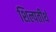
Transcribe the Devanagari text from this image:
शिल्पतीर्थ